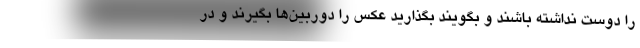
را دوست نداشته باشند و بگویند بگذارید عکس را دوربین‌ها بگیرند و در